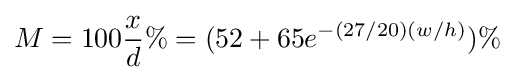
M=100{\frac {x}{d}}\%=(52+65e^{-(27/20)(w/h)})\%